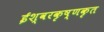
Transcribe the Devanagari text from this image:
ईश्वरकृष्णकृत